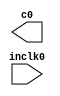
module pll (
	inclk0,
	c0);

	input	  inclk0;
	output	  c0;

endmodule